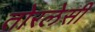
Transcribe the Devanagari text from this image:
तोरलेसी